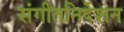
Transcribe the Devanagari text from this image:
संगीतनिर्देशन